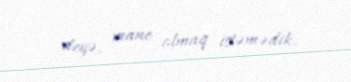
deyə, mane olmaq istəmədik.